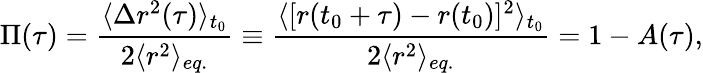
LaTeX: \Pi(\tau)=\frac{\langle\Delta r^{2}(\tau)\rangle_{t_{0}}}{2\langle r^{2}\rangle_{eq.}}\equiv\frac{\langle[r(t_{0}+\tau)-r(t_{0})]^{2}\rangle_{t_{0}}}{2\langle r^{2}\rangle_{eq.}}=1-A(\tau),